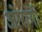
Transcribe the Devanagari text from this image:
ओरांगी